Vaccination in Bombay 1913-1923 - 1913-1923
Year: 1913
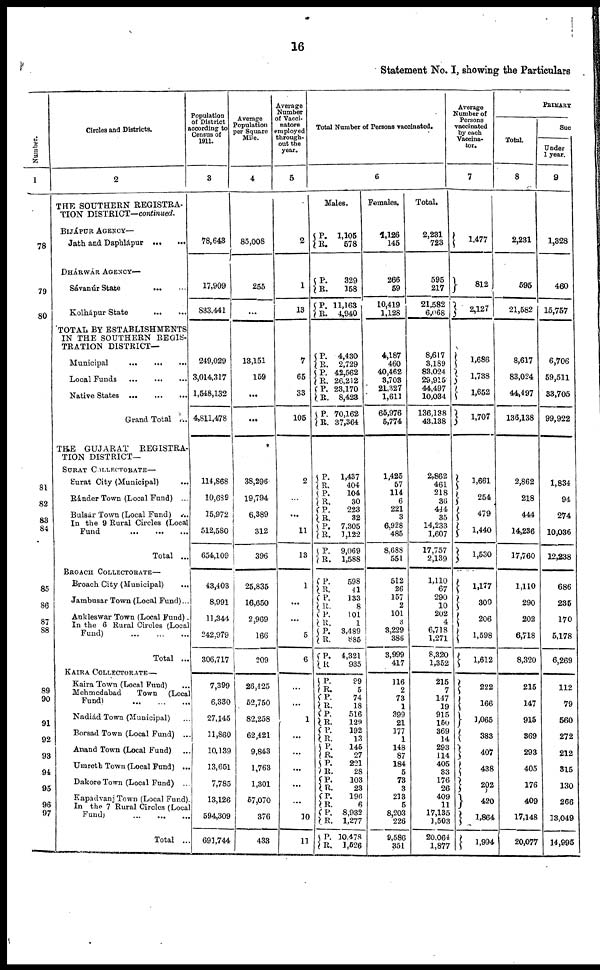
16
Statement No. I, showing the Particulars
Number.
1
78
79
80
81
82
83
84
85
86
87
88
89
90
91
92
93
94
95
96
97
Circles and Districts.
2
THE SOUTHERN REGISTRA-
TION DISTRICT—continued.
BIJÁPUR AGENCY—
Jath and Daphlápur
...
...
DHÁRWÁR AGENCY—
Sávanúr State
...
...
Kolhápur State
...
...
TOTAL BY ESTABLISHMENTS
IN THE SOUTHERN REGIS-
TRATION DISTRICT—
Municipal
...
...
...
Local Funds
...
...
...
Native States
...
...
...
Grand Total ...
THE GUJARAT
REGISTRA-
TION DISTRICT—
SURAT COLLECTORATE—
Surat City (Municipal) ...
Ránder Town (Local Fund) ...
Bulsár Town (Local Fund) ...
In the 9 Rural Circles (Local
Fund ... ... ...
Total ...
BROACH COLLECTORATE—
Broach City (Municipal) ...
Jambusar Town (Local Fund)...
Ankleswar Town (Local Fund).
In the 6 Rural Circles (Local
Fund) ... ... ...
Total ...
KAIRA COLLECTORATE—
Kaira Town (Local Fund) ...
Mehmedabad Town (Local
Fund) ... ... ...
Nadiád Town (Municipal) ...
Borsad Town (Local Fund) ...
Anand Town (Local Fund) ...
Umreth Town (Local Fund) ...
Dakore Town (Local Fund) ...
Kapadvanj Town (Local Fund) .
In the 7 Rural Circles (Local
Fund) ... ... ...
Total ...
Population
of District
according to
Census of
1911.
3
78,643
17,909
833,441
249,029
3,014,317
1,548,132
4,811,478
114,868
10,689
15,972
512,580
654,109
43,403
8,991
11,344
242,979
306,717
7,399
6,330
27,145
11,860
10,139
13,651
7,785
13,126
594,309
691,744
Average
Population
per Square
Mile.
4
85,008
255
...
13,151
159
...
...
38,296
19,794
6,389
312
396
25,835
16,650
2,969
166
209
26,425
52,750
82,258
62,421
9,843
1,763
1,301
57,070
376
433
Average
Number
of Vacci-
nators
employed
through-
out the
year.
5
2
1
13
7
65
33
105
2
...
...
11
13
1
...
...
5
6
...
...
1
...
...
...
...
...
10
11
Total Number of Persons vaccinated.
6
Males.
P.
R.
P.
R.
P.
R.
P.
R.
P.
R.
P. R.
P.
R.
P.
R.
P.
R.
P.
R.
P.
R.
P.
R.
P.
R.
P.
R.
P.
R.
P.
R.
P.
R.
P. R.
P.
R. P.
R.
P.
R. P. R.
P. R.
P. R.
P.
R.
P.
R.
P.
R.
1,105
578
329
158
11,163
4,940
4,430
2,729
42,562
26,212
23,170
8,423
70,162
37,364
1,437
404
104
30
223
32
7,305
1,122
9,069
1,588
598
41
133
8
101
1
3,489
885
4,321
935
99
5
74
18
516
129
192
13
145
27
221
28
103
23
196
6
8,932
1,277
10,478
1,526
Females.
1,126
145
266
59
10,419
1,128
4,187
460
40,462
3,703
21,327
1,611
65,976
5,774
1,425
57
114
6
221
3
6,928
485
8,688
551
512
26
157
2
101
3
3,229
386
3,999
417
116
2
73
1
399
21
177
1
148
87
184
5
73
3
213
5
8,203
226
9,586
351
Total.
2,231
723
595
217
21,582
6,068
8,617
3,189
83,024
29,915
44,497
10,034
136,138
43,138
2,862
461
218
36
444
35
14,233
1,607
17,757
2,139
1,110
67
290
10
202
4
6,718
1,271
8,320
1,352
215
7
147
19
915
150
369
14
293
114
405
33
176
26
409
11
17,135
1,503
20,064
1,877
Average
Number of
Persons
vaccinated
by each
Vaccina-
tor.
7
1,477
812
2,127
1,686
1,738
1,652
1,707
1,661
254
479
1,440
1,530
1,177
300
206
1,598
1,612
222
166
1,065
383
407
438
202
420
1,864
1,994
PRIMARY
Total.
8
2,231
595
21,582
8,617
83,024
44,497
136,138
2,862
218
444
14,236
17,760
1,110
290
202
6,718
8,320
215
147
915
369
293
405
176
409
17,148
20,077
Suc
Under
1 year.
9
1,328
460
15,757
6,706
59,511
33,705
99,922
1,834
94
274
10,036
12,238
686
235
170
5,178
6,269
112
79
560
272
212
315
130
266
13,049
14,995